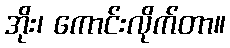
အိုး၊ ကောင်းလိုက်တာ။